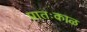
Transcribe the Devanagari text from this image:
प्रातःकाळ